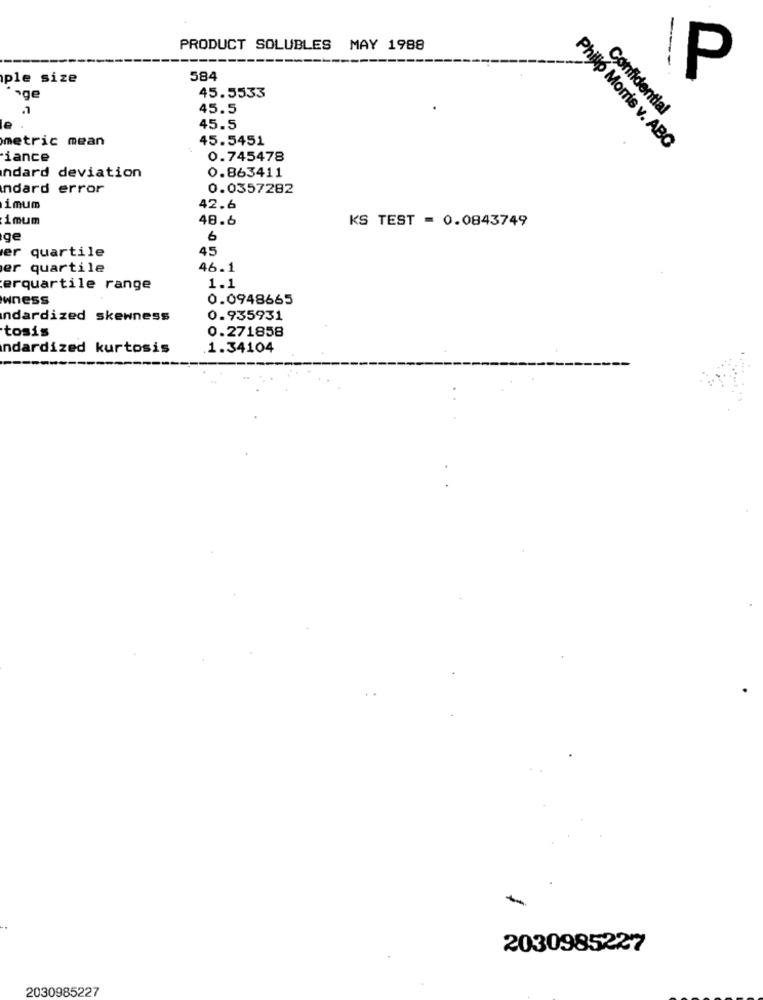
PRODUCT SOLUBLES MAY 1988
--
ple size
584
P
45.5533
inge
45.5
Confidential
le
45.5
metric mean
45.5451
Philip Morris v. ABG
iance
0.745478
0.863411
ndard deviation
ndard error
0.0357282
imum
42.6
imum
48.6
KS TEST = 0.0843749
ge
6
er quartile
45
er quartile
46.1
erquartile range
1.1
wness
0.0948665
ndardized skewness
0.935931
tosis
0.271858
ndardized kurtosis
1.34104
2030985227
2030985227